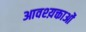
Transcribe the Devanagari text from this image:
आवश्य़क्ताओं